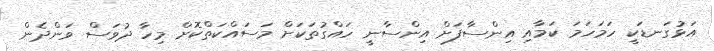
އަޅުގަނޑަކީ ހަމަހަމަ ކަމާއި އިންސާފަށް އިންސާނީ ހައްގުތަކަށް މަސައްކަތްކޮށް މިހާ ދުވަސް ވަންދެން